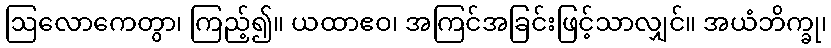
ဩလောကေတွာ၊ ကြည့်၍။ ယထာဧဝ၊ အကြင်အခြင်းဖြင့်သာလျှင်။ အယံဘိက္ခု၊